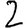
Digit: 2